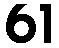
61